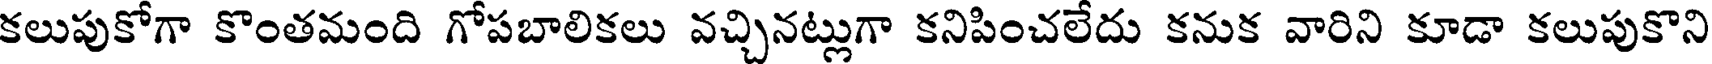
కలుపుకోగా కొంతమంది గోపబాలికలు వచ్చినట్లుగా కనిపించలేదు కనుక వారిని కూడా కలుపుకొని